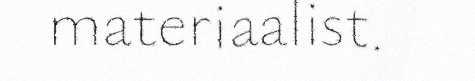
materiaalist.